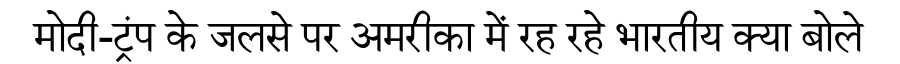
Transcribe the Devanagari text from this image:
मोदी-ट्रंप के जलसे पर अमरीका में रह रहे भारतीय क्या बोले